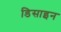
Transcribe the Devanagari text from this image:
डिसाइन